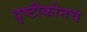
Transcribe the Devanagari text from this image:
दृष्टीकोनच